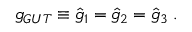
g _ { G U T } \equiv \hat { g } _ { 1 } = \hat { g } _ { 2 } = \hat { g } _ { 3 } \; .